Leaving Certificate Examination (including Day School Certificate (Higher) General paper), 1928
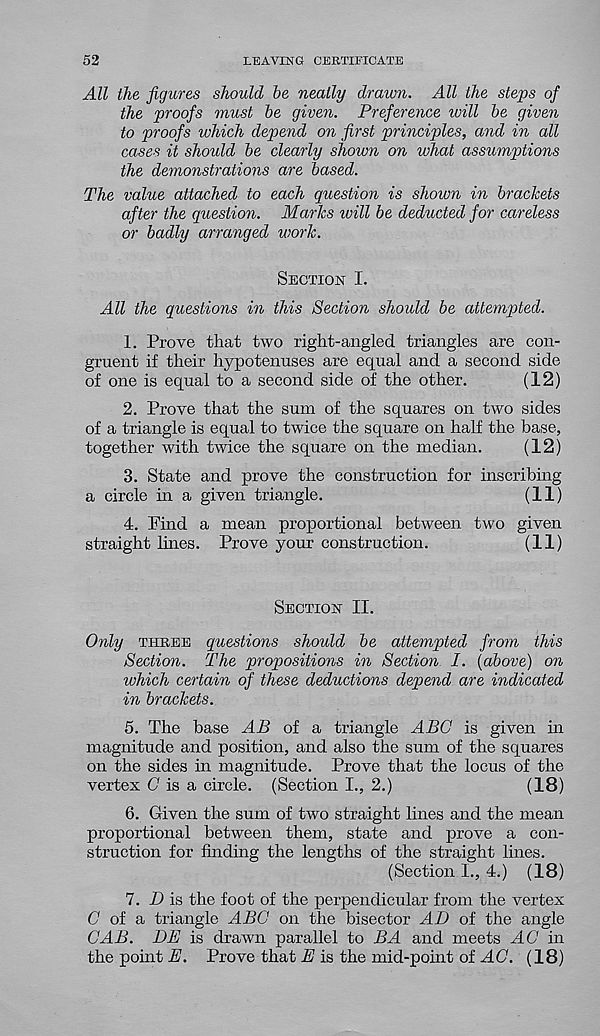
52
LEAVING CERTIFICATE
All the figures should he neatly drawn. All the steps of
the proofs must be given. Preference will he given
to proofs which depend on first principles, and in all
cases it should he clearly shown on what assumptions
the demonstrations are based.
The value attached to each question is shown in brackets
after the question. Marks ivill be deducted for careless
or badly arranged work.
Section I.
All the questions in this Section should be attempted.
1. Prove that two right-angled triangles are con-
gruent if their hypotenuses are equal and a second side
of one is equal to a second side of the other.
(12)
2. Prove that the sum of the squares on two sides
of a triangle is equal to twice the square on half the base,
together with twice the square on the median.
(12)
3. State and prove the construction for inscribing
a circle in a given triangle.
(11)
4. Find a mean proportional between two given
straight lines. Prove your construction.
(11)
Section II.
Only three questions should be attempted from this
Section. The propositions in Section I. (above) on
which certain of these deductions depend are indicated
in brackets.
5. The base A£ of a triangle ABC is given in
magnitude and position, and also the sum of the squares
on the sides in magnitude. Prove that the locus of the
vertex (7 is a circle. (Section I., 2.)
(18)
6. Given the sum of two straight lines and the mean
proportional between them, state and prove a con-
struction for finding the lengths of the straight lines.
(Section I., 4.) (18)
7. D is the foot of the perpendicular from the vertex
C of a triangle ABC on the bisector A/J of the angle
CAB. DE is drawn parallel to BA and meets AC in
the point E. Prove that E is the mid-point of AG. (18)